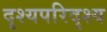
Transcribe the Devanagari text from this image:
दृश्यपरिदृश्य